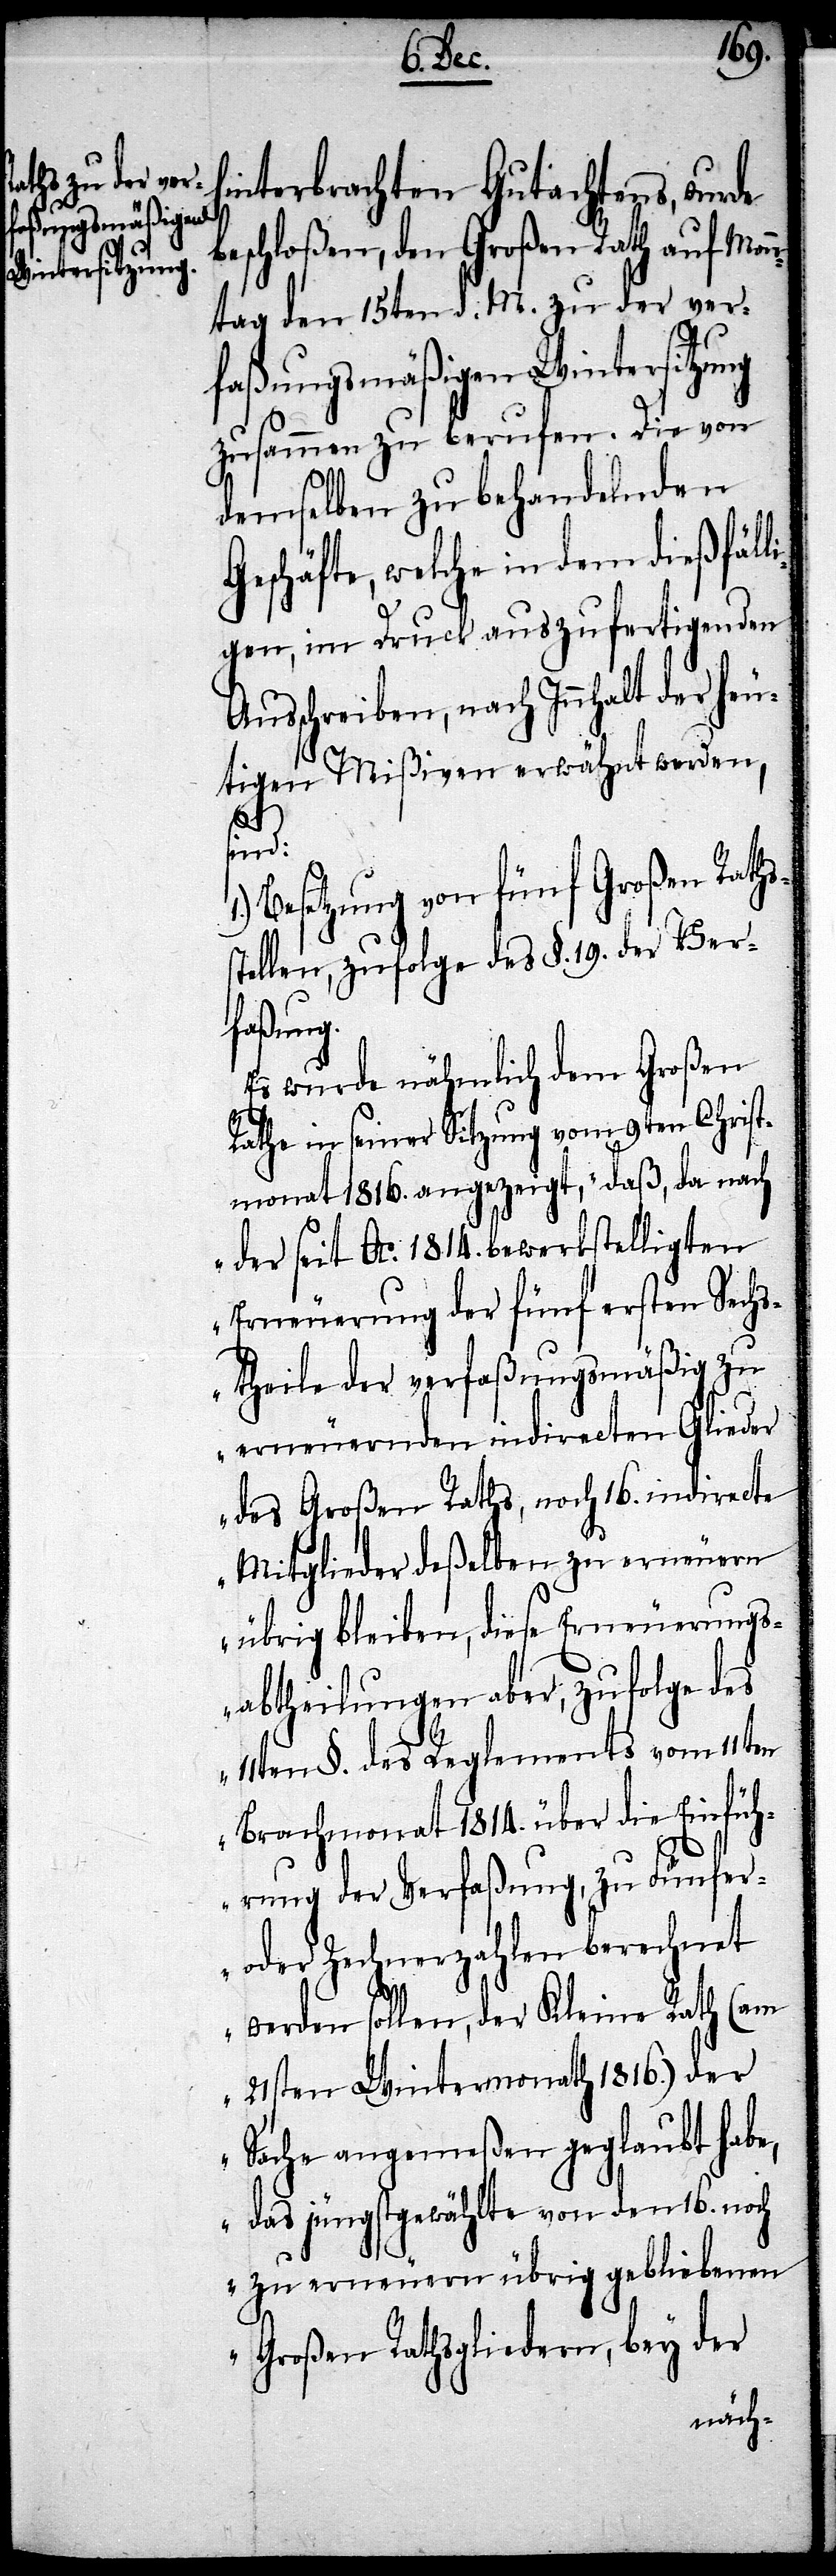
hinterbrachten Gutachtens, wurde
eschloßen, den Großen Rath auf Mon¬
ntag den 15ten d. M. zu der ver¬
faßungsmäßigen Wintersitzung
zusammen zu berufen. Die von
demselben zu behandelnden
Geschäfte, welche in dem dießfäll¬
igen, im Druck auszufertigenden
Ausschreiben, nach Innhalt der heu¬
tigen Mißiven erwähnt werden,
sind:
Besetzung von fünf Großen Raths¬
stellen, zufolge des §. 19 der Ver¬
faßung.
Es wurde nämlich dem Großen
Rathe in seiner Sitzung vom 9ten Christ¬
monat 1816. angezeigt, „daß da nach
der seit Ao. 1814. bewerkstelligten
Erneuerung der fünf ersten Sech¬
theile der verfaßungsmäßig zu
erneuernden indirecten Glieder
des Großen Raths, noch 16. indirecte
Mitglieder deßelben zu erneuern
übrig bleiben, diese Erneuerungs¬
abtheilungen aber, zufolge des
11ten §. des Reglements vom 11ten
Brachmonat 1814. über die Einfüh¬
rung der Verfaßung, zu Fünfer-
oder Zehnerzahlen berechnet
werden sollen, der Kleine Rath (am
b¬
21sten Wintermonath 1816.) der
Sache angemeßen geglaubt habe,
das jüngstgewählte von den 16. noch
zu erneuern übrig gebliebenen
Großen Rathsgliedern, bey der